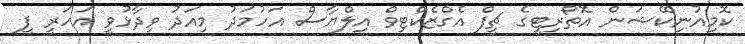
ކޮމިއުނިކޭޝަން އޮތޯރިޓީގެ ޗީފް އެގްޒެކްޓިވް އިލްޔާސް އަހުމަދު މިއަދު ވިދާޅުވީ އަހަރީ ފީ